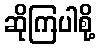
ဆိုကြပါစို့